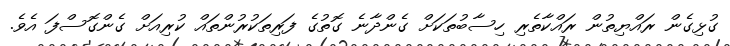
ގުޅިގެން ރައްޔިތުން ރައްކާތެރި ހިސާބުތަކަށް ގެންދާނެ ގޮތުގެ ފަރިތަކުރުންތައް ކުރިއަށް ގެންގޮސްފަ އެވެ.